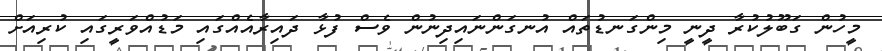
މީހުން ގަބޫލުކުރާ ދީނީ މިންގަނޑުތައް އުނގަންނައިދިނުން ވެސް ފުޅާ ދައިރާއެއްގައި މަޑުއްވަރީގައި ކުރިއަށް